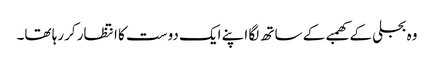
وہ بجلی کے کھمبے کے ساتھ لگا اپنے ایک دوست کا انتظار کررہا تھا۔